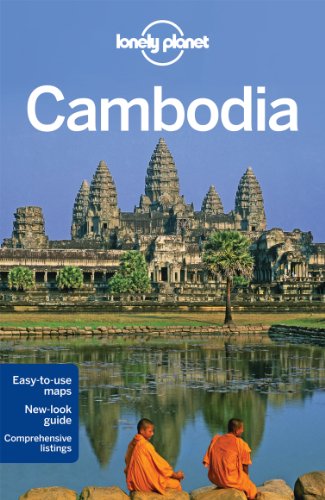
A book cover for Lonely Planet Cambodia (Travel Guide); Lonely Planet; Travel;